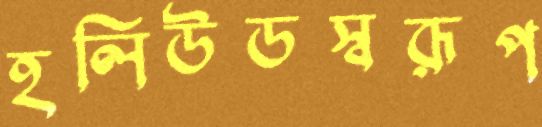
হলিউডস্বরূপ